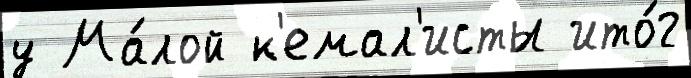
у Ма́лой к'емал'исты ито́г